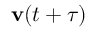
\mathbf { v } ( t + \tau )